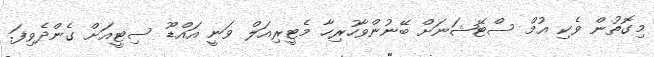
މިގޮތުން ވެކި އުމް ސްޓޭޝަނަށް ބޭނުންވާހުރިހާ މެޓީރިއަލް ވަނީ އައްޑޫ ސިޓީއަށް ގެންދެވިފަ.